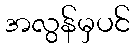
အလွန်မှပင်